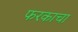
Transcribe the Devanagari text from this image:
फरकाचा